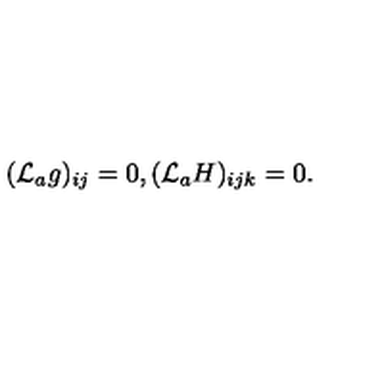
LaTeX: ( { \cal L } _ { a } g ) _ { i j } = 0 , ( { \cal L } _ { a } H ) _ { i j k } = 0 .